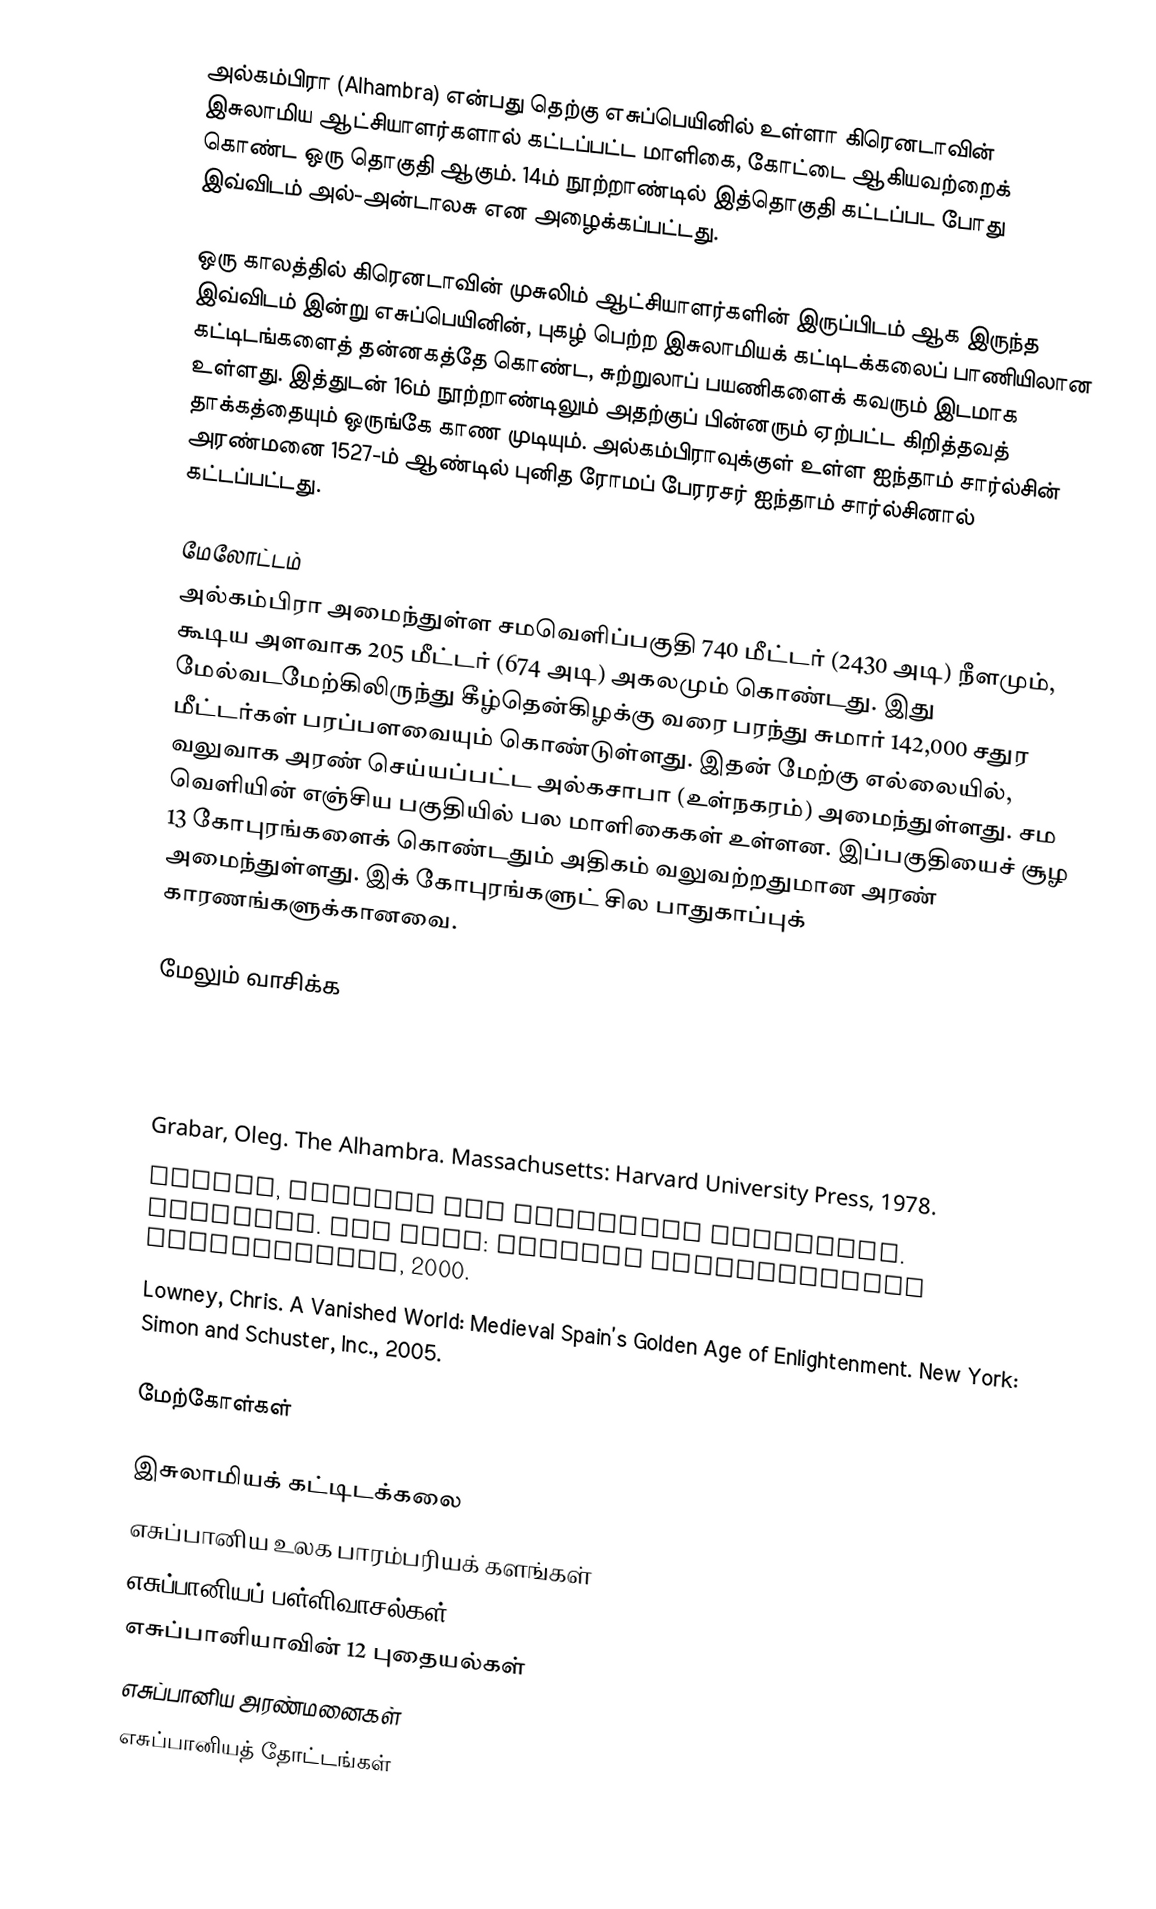
அல்கம்பிரா (Alhambra) என்பது தெற்கு எசுப்பெயினில் உள்ளா கிரெனடாவின் இசுலாமிய ஆட்சியாளர்களால் கட்டப்பட்ட மாளிகை, கோட்டை ஆகியவற்றைக் கொண்ட ஒரு தொகுதி ஆகும். 14ம் நூற்றாண்டில் இத்தொகுதி கட்டப்பட போது இவ்விடம் அல்-அன்டாலசு என அழைக்கப்பட்டது.

ஒரு காலத்தில் கிரெனடாவின் முசுலிம் ஆட்சியாளர்களின் இருப்பிடம் ஆக இருந்த இவ்விடம் இன்று எசுப்பெயினின், புகழ் பெற்ற இசுலாமியக் கட்டிடக்கலைப் பாணியிலான கட்டிடங்களைத் தன்னகத்தே கொண்ட, சுற்றுலாப் பயணிகளைக் கவரும் இடமாக உள்ளது. இத்துடன் 16ம் நூற்றாண்டிலும் அதற்குப் பின்னரும் ஏற்பட்ட கிறித்தவத் தாக்கத்தையும் ஒருங்கே காண முடியும். அல்கம்பிராவுக்குள் உள்ள ஐந்தாம் சார்ல்சின் அரண்மனை 1527-ம் ஆண்டில் புனித ரோமப் பேரரசர் ஐந்தாம் சார்ல்சினால் கட்டப்பட்டது.

மேலோட்டம்
அல்கம்பிரா அமைந்துள்ள சமவெளிப்பகுதி 740 மீட்டர் (2430 அடி) நீளமும், கூடிய அளவாக 205 மீட்டர் (674 அடி) அகலமும் கொண்டது. இது மேல்வடமேற்கிலிருந்து கீழ்தென்கிழக்கு வரை பரந்து சுமார் 142,000 சதுர மீட்டர்கள் பரப்பளவையும் கொண்டுள்ளது. இதன் மேற்கு எல்லையில், வலுவாக அரண் செய்யப்பட்ட அல்கசாபா (உள்நகரம்) அமைந்துள்ளது. சம வெளியின் எஞ்சிய பகுதியில் பல மாளிகைகள் உள்ளன. இப்பகுதியைச் சூழ 13 கோபுரங்களைக் கொண்டதும் அதிகம் வலுவற்றதுமான அரண் அமைந்துள்ளது. இக் கோபுரங்களுட் சில பாதுகாப்புக் காரணங்களுக்கானவை.

மேலும் வாசிக்க

 Grabar, Oleg. The Alhambra. Massachusetts: Harvard University Press, 1978.
 Jacobs, Michael and Francisco Fernandez. Alhambra. New York: Rizzoli International Publications, 2000.
 Lowney, Chris. A Vanished World: Medieval Spain’s Golden Age of Enlightenment. New York: Simon and Schuster, Inc., 2005.

மேற்கோள்கள்

இசுலாமியக் கட்டிடக்கலை
எசுப்பானிய உலக பாரம்பரியக் களங்கள்
எசுப்பானியப் பள்ளிவாசல்கள்
எசுப்பானியாவின் 12 புதையல்கள்
எசுப்பானிய அரண்மனைகள்
எசுப்பானியத் தோட்டங்கள்